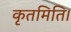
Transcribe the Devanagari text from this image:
कृतमिति।